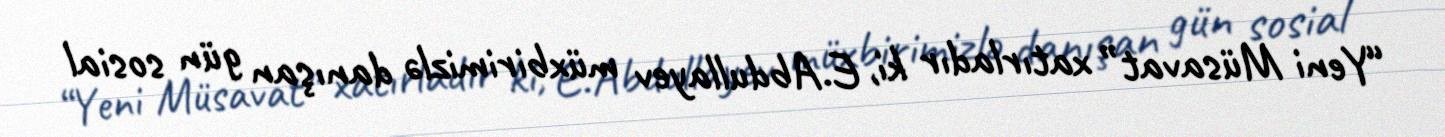
“Yeni Müsavat” xatırladır ki, E.Abdullayev müxbirimizlə danışan gün sosial